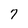
Character: 7